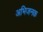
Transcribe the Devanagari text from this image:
अभिजनक